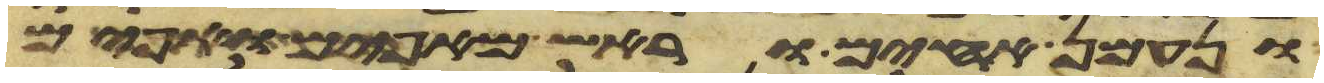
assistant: ונעמן אחים וראש מאפים ואפים